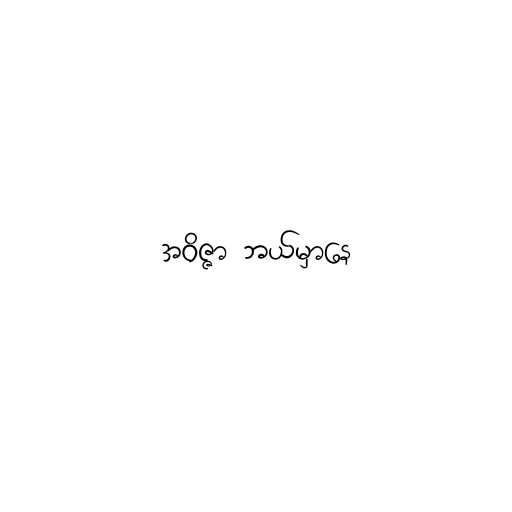
အဝိဇ္ဇာ ဘယ်မှာနေ